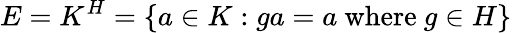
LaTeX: E=K^{H}=\{ a\in K:ga=a{\mathrm{~where~}}g\in H\}